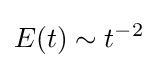
E(t)\sim t^{-2}